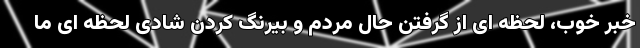
خبر خوب، لحظه ای از گرفتن حالِ مردم و بیرنگ کردن شادیِ لحظه ای ما